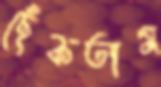
ছেঁকতাম